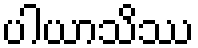
ပါယာသိဿ